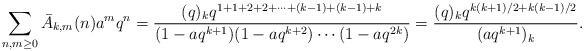
\begin{align*}\sum_{n,m\ge0}\bar{A}_{k,m}(n)a^mq^n=\frac{(q)_kq^{1+1+2+2+\cdots +(k-1)+(k-1)+k}}{(1-aq^{k+1})(1-aq^{k+2})\cdots(1-aq^{2k})}=\frac{(q)_kq^{k(k+1)/2+k(k-1)/2}}{(aq^{k+1})_{k}}.\end{align*}